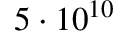
5 \cdot 1 0 ^ { 1 0 }